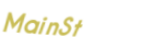
MainSt